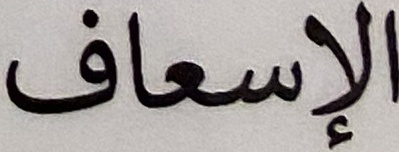
الإسعاف